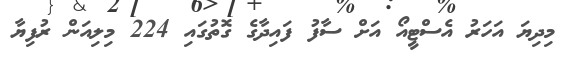
މިދިޔަ އަހަރު އެސްޓީއޯ އަށް ސާފު ފައިދާގެ ގޮތުގައި 224 މިލިއަން ރުފިޔާ